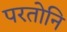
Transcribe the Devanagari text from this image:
परतोनि